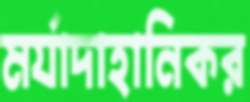
মর্যাদাহানিকর